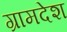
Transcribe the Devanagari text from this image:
ग्रामदेश